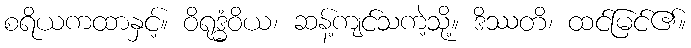
စရိယကထာနှင့်။ ဝိရုဒ္ဓံဝိယ၊ ဆန့်ကျင်သကဲ့သို့။ ဒိဿတိ၊ ထင်မြင်၏။